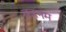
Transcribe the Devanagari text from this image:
करनम